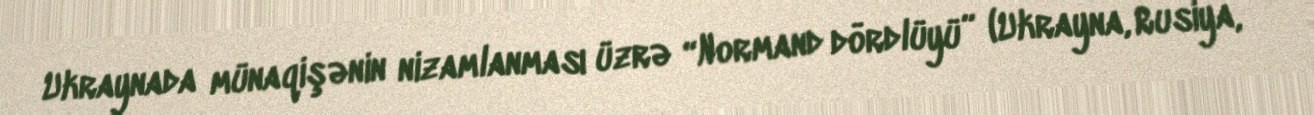
Ukraynada münaqişənin nizamlanması üzrə “Normand dördlüyü” (Ukrayna, Rusiya,